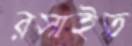
রসাইত